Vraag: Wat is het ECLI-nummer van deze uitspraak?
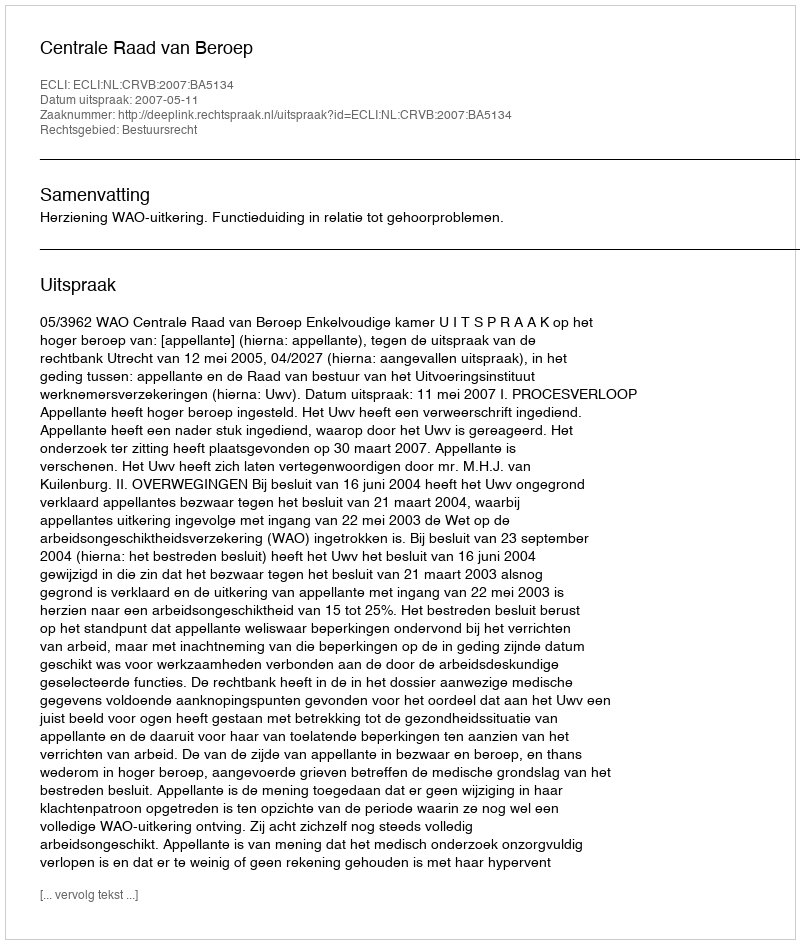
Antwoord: ECLI:NL:CRVB:2007:BA5134